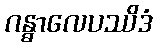
ဂန္ဓာလေပဿိဒံ